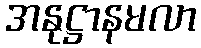
အနုဋ္ဌာနမလာ